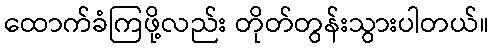
ထောက်ခံကြဖို့လည်း တိုတ်တွန်းသွားပါတယ်။